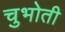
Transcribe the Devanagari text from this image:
चुभोती